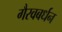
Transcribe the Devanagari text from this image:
गैरवबर्धन